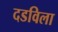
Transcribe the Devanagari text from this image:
दडविला